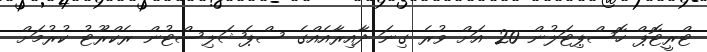
ޓްރީޓޮޕް ހޮސްޕިޓަލުން 20 އަށް ވުރެ ގިނަ ދާއިރާއެއްގެ ސްޕެޝަލިސްޓުން ރެކްރޫޓު ކުރުމަށް